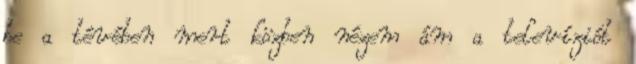
be a tévében mert közben nézem ám a televíziót